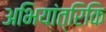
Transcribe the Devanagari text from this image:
अभियांत्रिकि